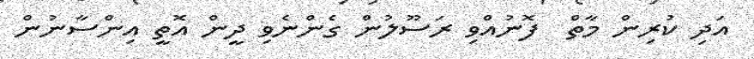
އަދި ކުރިން މާތް  ފޮނުއްވި ރަސޫލުން ގެންނެވި ދީން އޮތީ އިންސާނުން